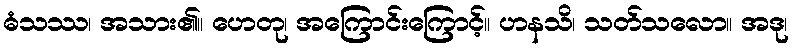
ဓံသဿ၊ အသား၏။ ဟေတု၊ အကြောင်းကြောင့်။ ဟနသိ၊ သတ်သလော။ အဒု၊